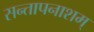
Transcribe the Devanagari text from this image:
सन्तापनाशम्